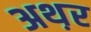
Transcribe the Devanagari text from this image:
अथ़र